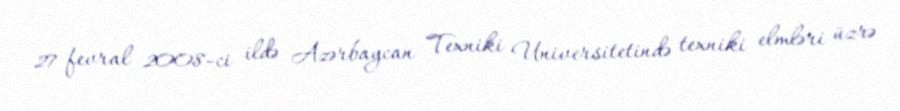
27 fevral 2008-ci ildə Azərbaycan Texniki Universitetində texniki elmləri üzrə